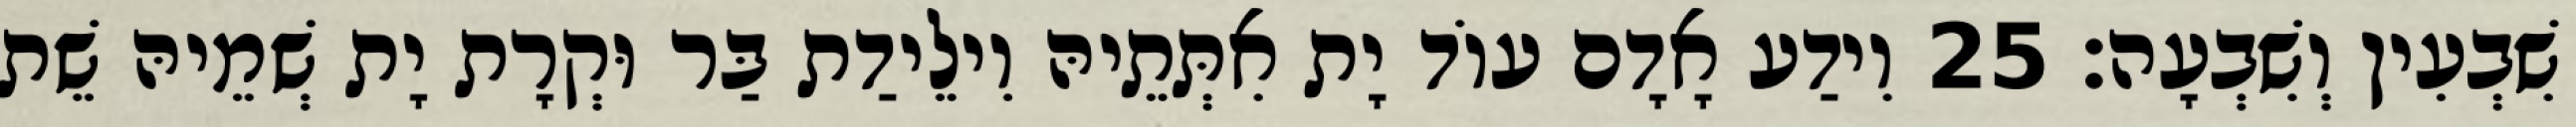
שִׁבְעִין וְשִׁבְעָה׃ 25 וִידַע אָדָם עוֹד יָת אִתְּתֵיהּ וִילֵידַת בַּר וּקְרָת יָת שְׁמֵיהּ שֵׁת